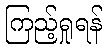
ကြည့်ရှုရန်